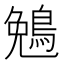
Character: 𬷖